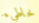
خاطيء